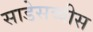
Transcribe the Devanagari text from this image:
साडेसव्वीस